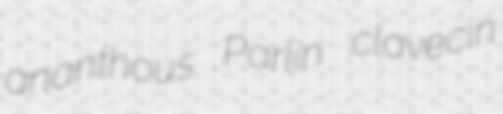
ananthous Parlin clavecin